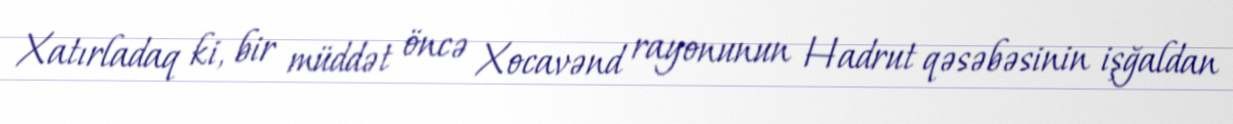
Xatırladaq ki, bir müddət öncə Xocavənd rayonunun Hadrut qəsəbəsinin işğaldan